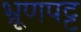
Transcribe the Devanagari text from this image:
भ्रूणपट्ट